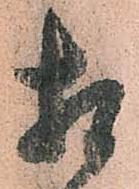
相